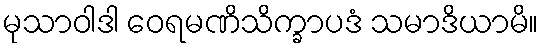
မုသာဝါဒါ ဝေရမဏိသိက္ခာပဒံ သမာဒိယာမိ။